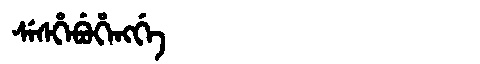
Manchu: ᠰᡝᠰᡥᡝᠪᡠᡥᡝᠩᡤᡝ
Romanization: SESHEBUHENGGE